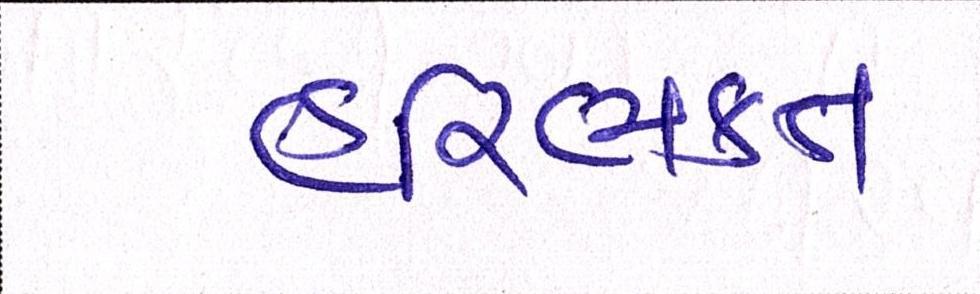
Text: હરિભકત